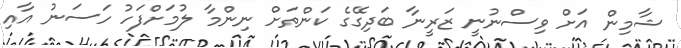
ޝާމިން އަށް ވިސްނުނީ ޒަރީނާ ބަދިގޭގެ ކަންތަށް ނިންމާ ލުމަށްފަހު ހަސަނު އާއި